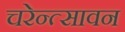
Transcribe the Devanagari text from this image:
चरेन्त्सावन